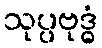
သုပ္ပဗုဒ္ဓံ